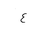
Letter: _ayn